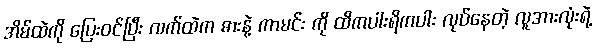
အိမ်ထဲကို ပြေးဝင်ပြီး လက်ထဲက ဓားနဲ့ ကာမင်း ကို ထိကပါးရိကပါး လုပ်နေတဲ့ လူအားလုံးရဲ့